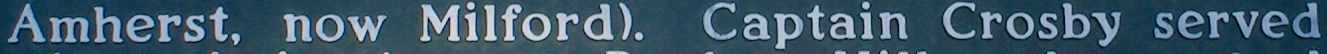
Amherst. now Milford). Captain Crosby served